Indian journal of veterinary science and animal husbandry - Volumes 15-17, 1948-1951
Year: 1948
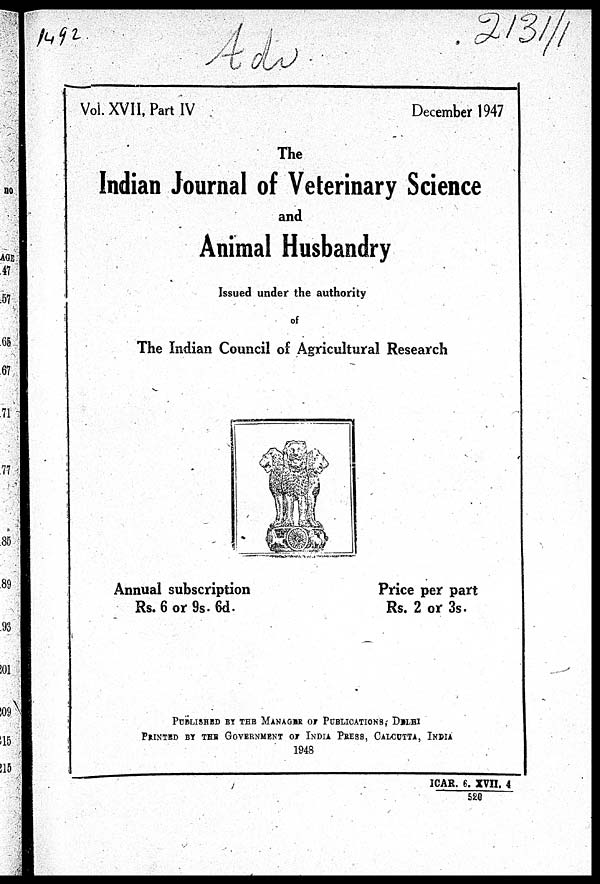
Vol. XVII, Part IV
December 1947
The
Indian Journal of Veterinary Science
and
Animal Husbandry
Issued under the authority
of
The Indian Council of Agricultural Research
Annual subscription
Rs. 6 or 9s. 6d.
Price per part
Rs. 2 or 3s.
PUBLISHED BY THE MANAGER OF PUBLICATIONS, DELHI
PRINTED BY THE GOVERNMENT OF INDIA PRESS, CALCUTTA, INDIA
1948
ICAR. 6. XVII. 4
520